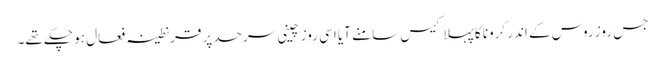
جس روز روس کے اندر کرونا کا پہلا کیس سامنے آیا اسی روز چینی سرحد پر قرنطینہ فعال ہو چکے تھے۔